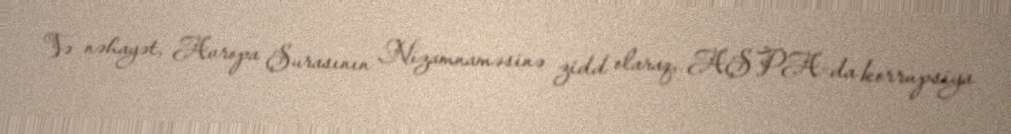
Və nəhayət, Avropa Şurasının Nizamnaməsinə zidd olaraq, AŞPA-da korrupsiya